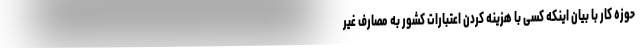
حوزه کار با بیان اینکه کسی با هزینه کردن اعتبارات کشور به مصارف غیر